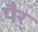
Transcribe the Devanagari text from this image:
पैर्